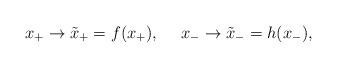
LaTeX: \begin{align*}x_+ \rightarrow {\tilde x}_+ = f (x_+),{}~~~~x_- \rightarrow {\tilde x}_- = h (x_-),\end{align*}